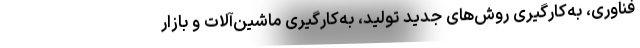
فناوری، به‌کارگیری روش‌های جدید تولید، به‌کارگیری ماشین‌آلات و بازار